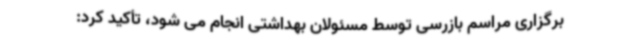
برگزاری مراسم بازرسی توسط مسئولان بهداشتی انجام می شود، تأکید کرد: